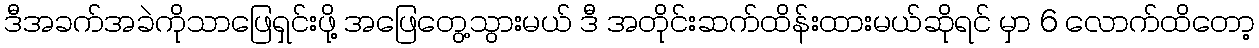
ဒီအခက်အခဲကိုသာဖြေရှင်းဖို့ အဖြေတွေ့သွားမယ် ဒီ အတိုင်းဆက်ထိန်းထားမယ်ဆိုရင် မှာ 6 လောက်ထိတော့